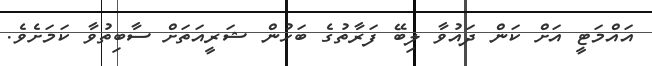
އައްމަޓީ އަށް ކަން ދައުވާ ލިބޭ ފަރާތުގެ ބަހުން ޝަރީއަތަށް ސާބިތުވާ ކަމަށެވެ.